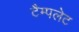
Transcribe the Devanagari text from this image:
टैम्पलेट